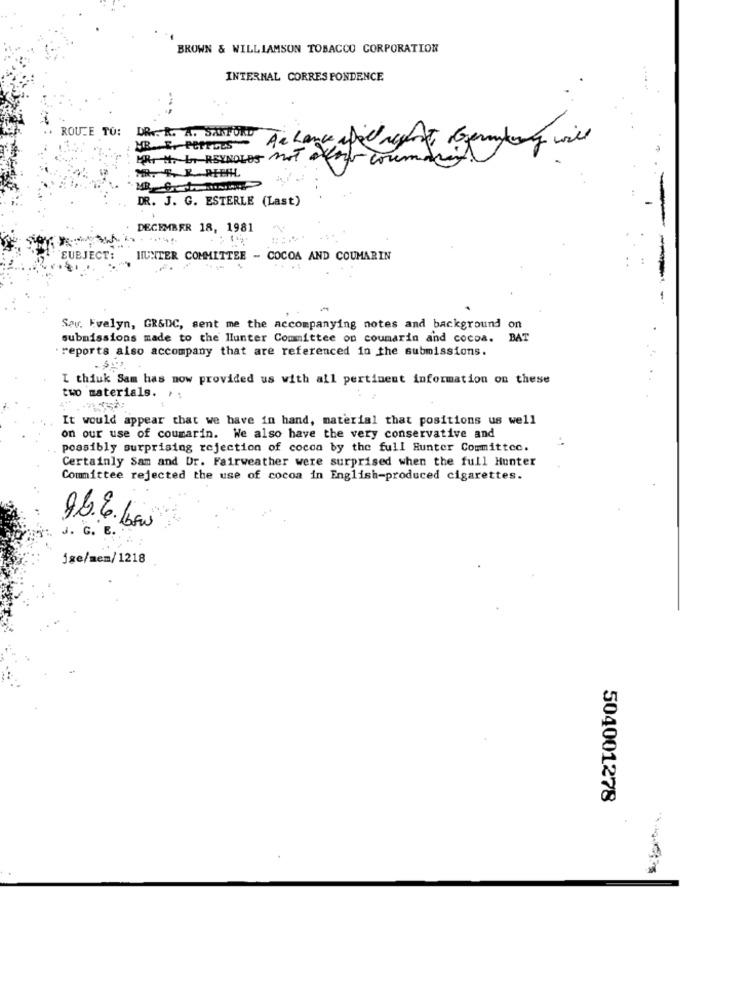
BROWN & WILLIAMSON TOBACCO CORPORATION
INTERNAL CORRESPONDENCE
ROUTE TO:
DR .. R. A. SANFORD
MR. E. PEPPELS
Te Lance apod report, togermany will
MR. H. b. REYNOLDS not offer cours
DR. J. G. ESTERLE (Last)
DECEMBER 18, 1981
SUBJECT:
HUNTER COMMITTEE - COCOA AND COUMARIN
-
Say. Evelyn, GR&DC, sent me the accompanying notes and background on
submissions made to the llunter Committee on coumarin and cocoa.
BAT
reports also accompany that are referenced in the submissions.
I think Sam has now provided us with all pertinent information on these
two materials. r:
It would appear that we have in hand, material that positions us well
on our use of coumarin. We also have the very conservative and
possibly surprising rejection of cocoa by the full Hunter Committee.
Certainly Sam and Dr. Fairweather were surprised when the full Hunter
Committee rejected the use of cocoa in English-produced cigarettes.
96.6. bow
J. G. B.
jse/me=/1218
504001278